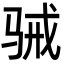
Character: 𮪢